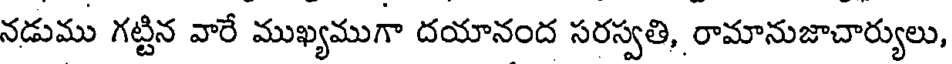
నడుము గట్టిన వారే ముఖ్యముగా దయానంద సరస్వతి, రామానుజాచార్యులు,